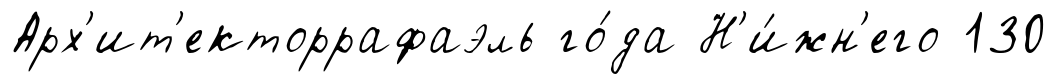
Арх'ит'екторрафаэль го́да Н'и́жн'его 130